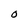
Character: O